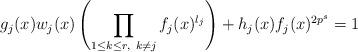
LaTeX: \begin{align*} g_j(x)w_j(x)\left(\prod_{1\leq k\leq r, \ k\neq j}f_j(x)^{l_j}\right)+h_j(x)f_j(x)^{2p^s}=1\end{align*}